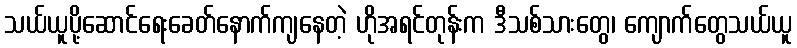
သယ်ယူပို့ဆောင်ရေးခေတ်နောက်ကျနေတဲ့ ဟိုအရင်တုန်းက ဒီသစ်သားတွေ၊ ကျောက်တွေသယ်ယူ